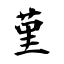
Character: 堇